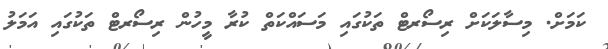
ކަމަށް. މިސާލަކަށް ރިސޯރޓް ތަކުގައި މަސައްކަތް ކުރާ މީހުން ރިސޯރޓް ތަކުގައި އަމަލު